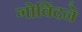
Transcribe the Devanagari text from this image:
गोविंदने